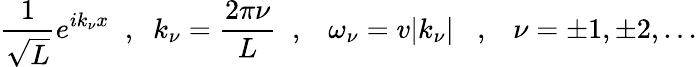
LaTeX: \frac{1}{\sqrt{L}}e^{ik_{\nu}x}\; \; ,\; \; k_{\nu}=\frac{2\pi\nu}{L}\; \; ,\; \; \; \omega_{\nu}=v|k_{\nu}|\; \; \; ,\; \; \; \nu=\pm 1,\pm 2,...